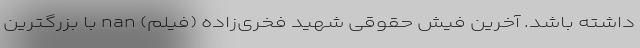
داشته باشد. آخرین فیش حقوقی شهید فخری‌زاده (فیلم) nan با بزرگترین